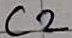
Text: C2